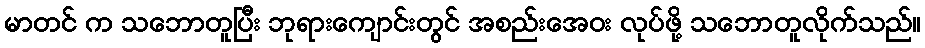
မာတင် က သဘောတူပြီး ဘုရားကျောင်းတွင် အစည်းအေဝး လုပ်ဖို့ သဘောတူလိုက်သည်။